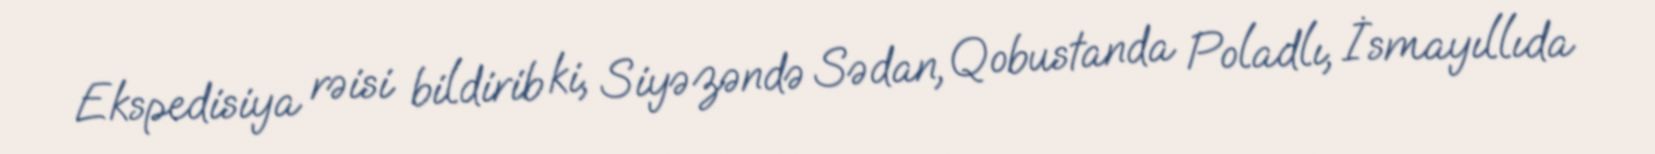
Ekspedisiya rəisi bildirib ki, Siyəzəndə Sədan, Qobustanda Poladlı, İsmayıllıda